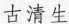
古清生